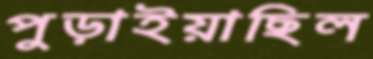
পুড়াইয়াছিল